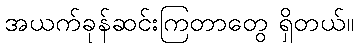
အယက်ခုန်ဆင်းကြတာတွေ ရှိတယ်။